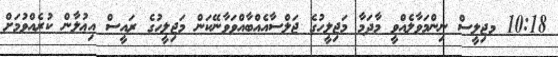
10:18 މޖިލީސް ނިންމަވާލެއްވީ މާދަމާ މަޖިލީހުގެ ޖަލްސާއެއްބާއްވަވާނޭކަން މަޖިލީހުގެ ރައީސް އިޢުލާން ކުރެއްވުމަށް